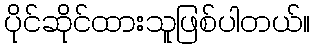
ပိုင်ဆိုင်ထားသူဖြစ်ပါတယ်။